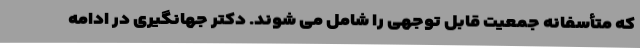
که متأسفانه جمعیت قابل توجهی را شامل می شوند. دکتر جهانگیری در ادامه